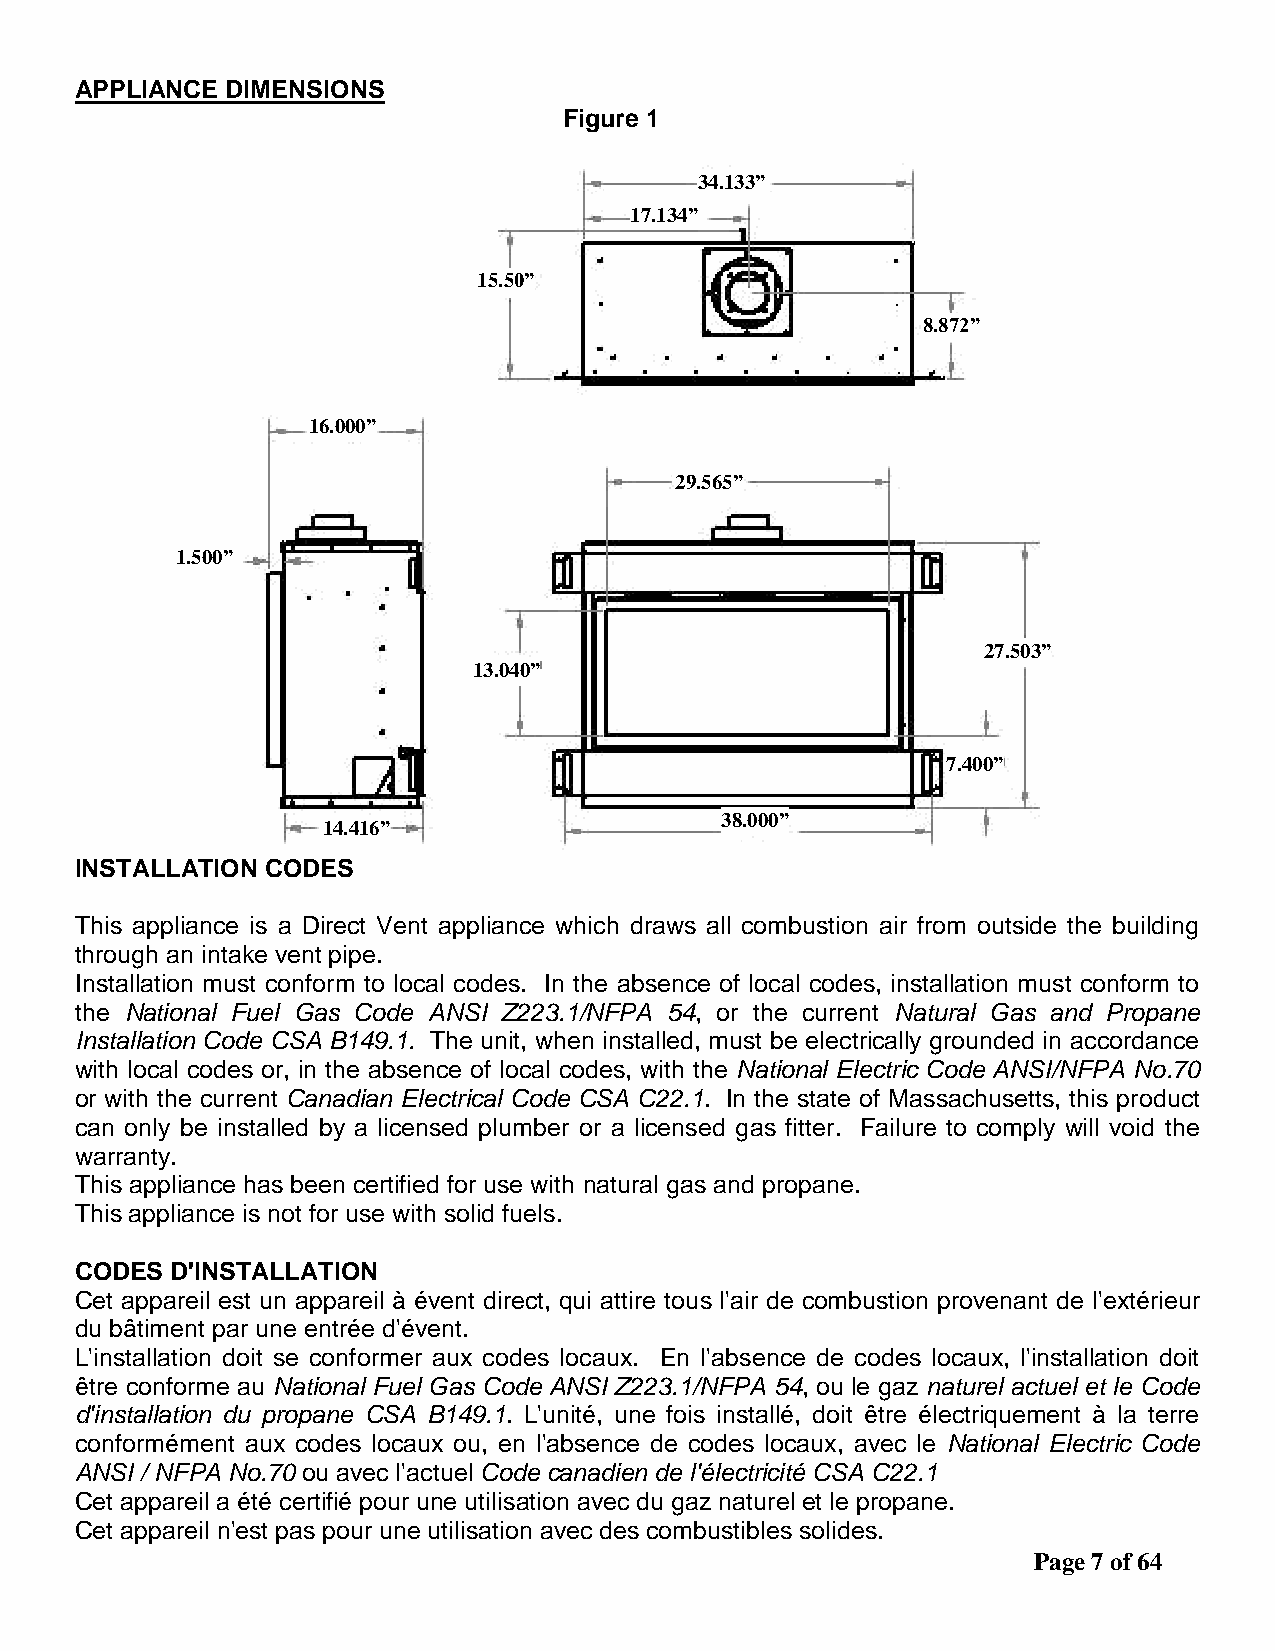
APPLIANCE DIMENSIONS
 Figure 1
 34.133”
 17.134”
 15.50”
 8.872”
 16.000”
 29.565”
 1.500”
 27.503”
 13.040”
 7.400”
 38.000”
 14.416”
 INSTALLATION CODES
 This appliance is a Direct Vent appliance which draws all combustion air from outside the building
 through an intake vent pipe.
 Installation must conform to local codes. In the absence of local codes, installation must conform to
 the National Fuel Gas Code ANSI Z223.1/NFPA 54, or the current Natural Gas and Propane
 Installation Code CSA B149.1. The unit, when installed, must be electrically grounded in accordance
 with local codes or, in the absence of local codes, with the National Electric Code ANSI/NFPA No.70
 or with the current Canadian Electrical Code CSA C22.1. In the state of Massachusetts, this product
 can only be installed by a licensed plumber or a licensed gas fitter. Failure to comply will void the
 warranty.
 This appliance has been certified for use with natural gas and propane.
 This appliance is not for use with solid fuels.
 CODES D'INSTALLATION
 Cet appareil est un appareil à évent direct, qui attire tous l'air de combustion provenant de l'extérieur
 du bâtiment par une entrée d'évent.
 L'installation doit se conformer aux codes locaux. En l'absence de codes locaux, l'installation doit
 être conforme au National Fuel Gas Code ANSI Z223.1/NFPA 54, ou le gaz naturel actuel et le Code
 d'installation du propane CSA B149.1. L'unité, une fois installé, doit être électriquement à la terre
 conformément aux codes locaux ou, en l'absence de codes locaux, avec le National Electric Code
 ANSI / NFPA No.70 ou avec l'actuel Code canadien de l'électricité CSA C22.1
 Cet appareil a été certifié pour une utilisation avec du gaz naturel et le propane.
 Cet appareil n'est pas pour une utilisation avec des combustibles solides.
 Page 7 of 64